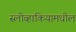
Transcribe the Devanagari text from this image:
स्लोव्हाकियामधील